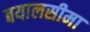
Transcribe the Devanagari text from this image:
बयालसीमा